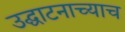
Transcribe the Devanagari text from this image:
उद्घाटनाच्याच